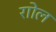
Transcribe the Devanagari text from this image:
राोल